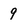
Character: 9